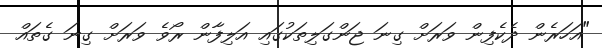
"އަހަރެން ދެކެފިން ވަރަށް ގިނަ ޖަންގަލިތަކުގައި އަލިފާން ރޯވެ ވަރަށް ގިނަ ގެތައް